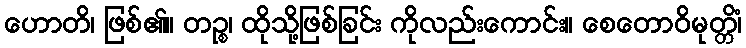
ဟောတိ၊ ဖြစ်၏။ တဉ္စ၊ ထိုသို့ဖြစ်ခြင်း ကိုလည်းကောင်း။ စေတောဝိမုတ္တိံ၊